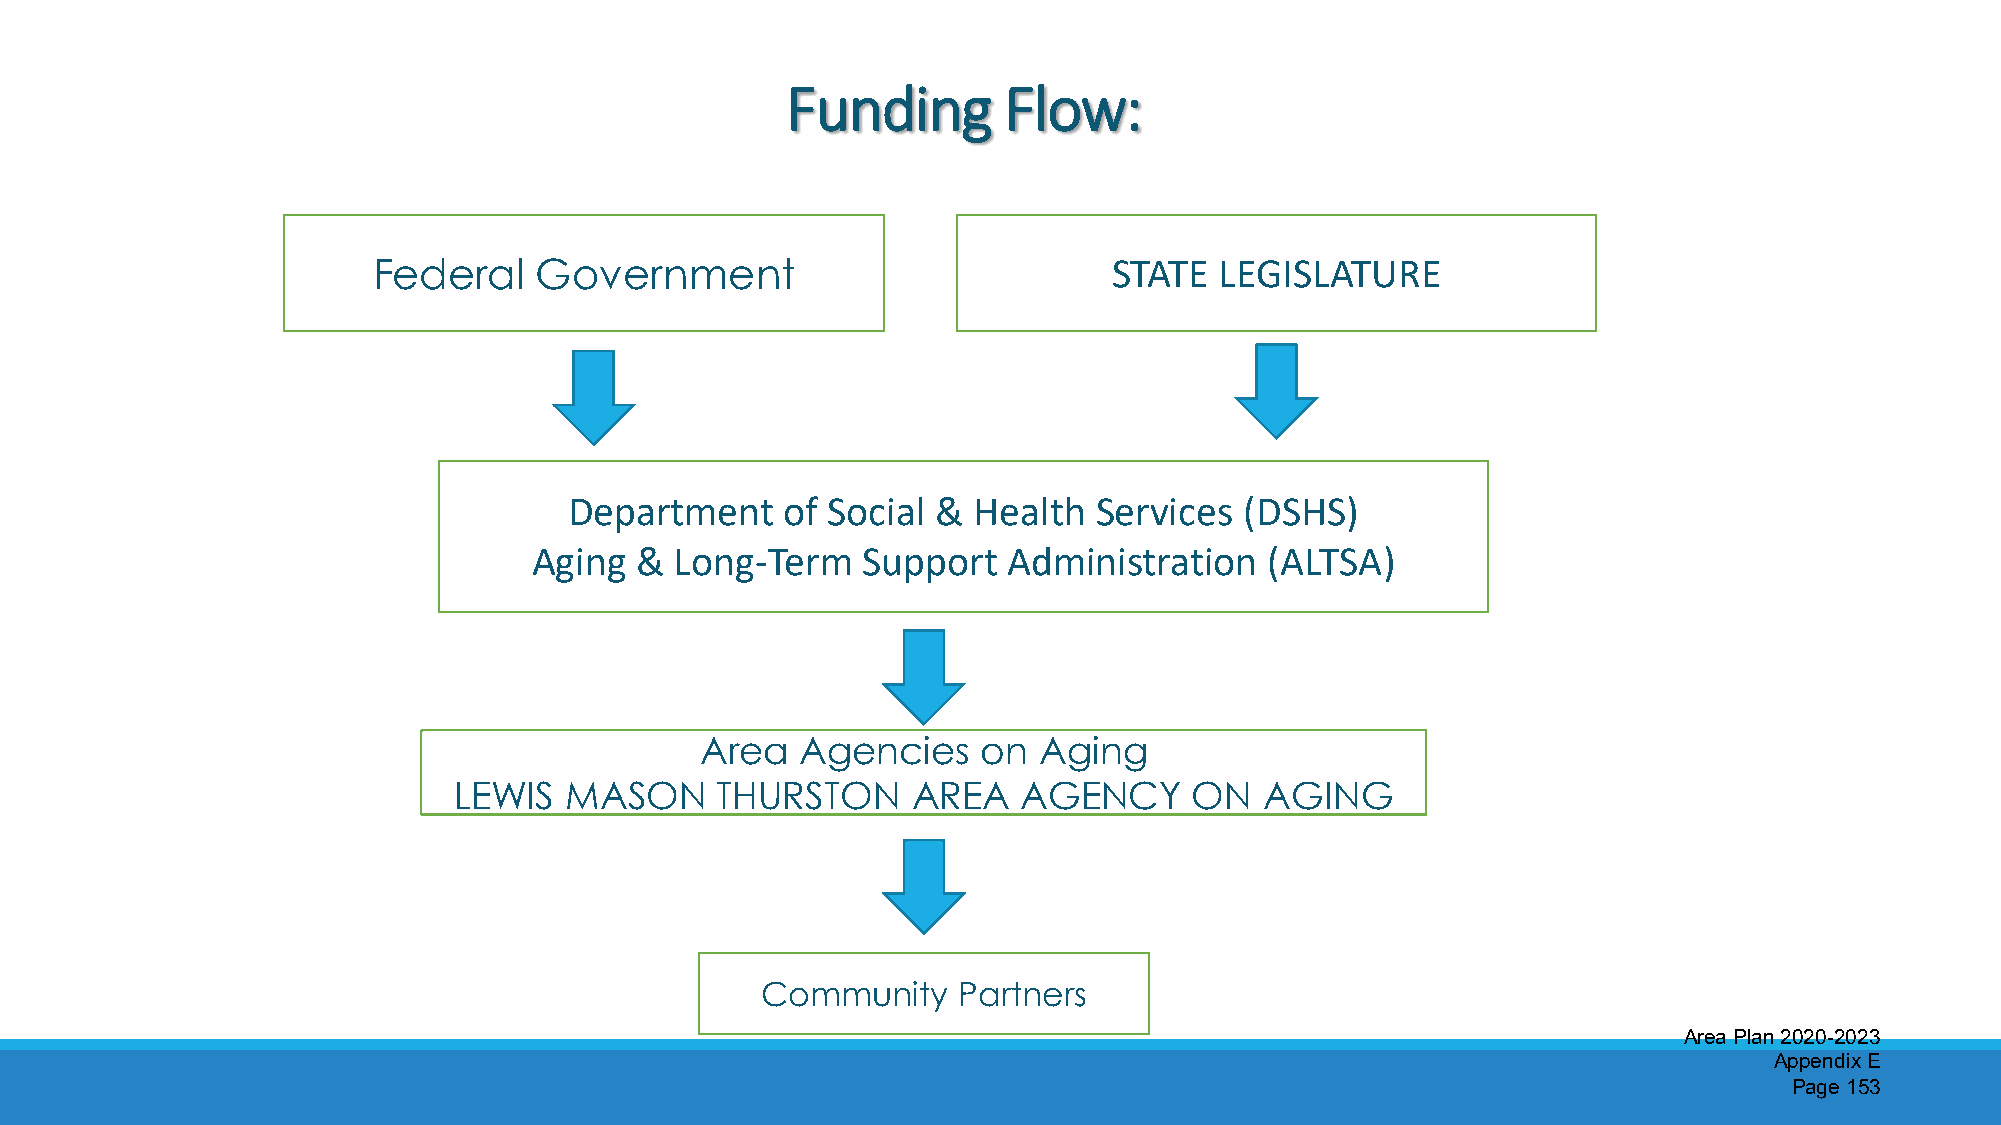
Funding       Flow:
 Federal   Government                             STATE  LEGISLATURE
 Department    of Social & Health   Services (DSHS)
 Aging  &  Long-Term   Support   Administration   (ALTSA)
 Area   Agencies    on  Aging
 LEWIS  MASON     THURSTON     AREA    AGENCY     ON   AGING
 Community    Partners
 Area Plan 2020-2023
 Appendix E
 Page 153